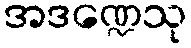
အဒဏ္ဍေသု